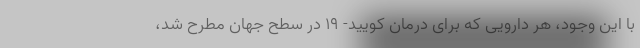
با این وجود، هر دارویی که برای درمان کویید- ۱۹ در سطح جهان مطرح شد،